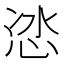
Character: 𭜯